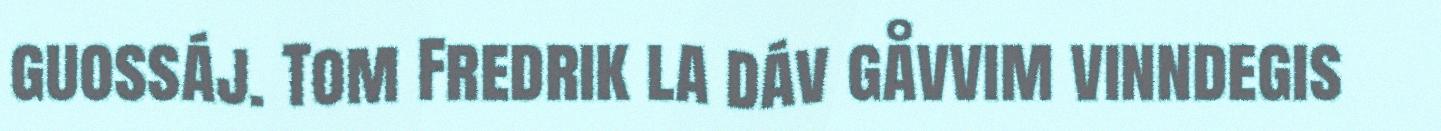
guossáj. Tom Fredrik la dáv gåvvim vinndegis